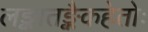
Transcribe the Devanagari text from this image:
लङ्कातङ्कैकहेतोः